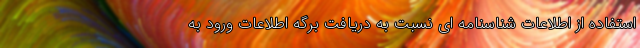
استفاده از اطلاعات شناسنامه ای نسبت به دریافت برگه اطلاعات ورود به